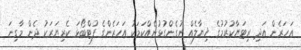
އަހަރެން އަދި ރިޓަޔާކުރުމުގެ ޚިޔާލެއް ނުގެންގުޅުނެއްކަމަކު އަހަރެންގެ ފުޓްބޯޅަ ކެރިޔަރަކު ދެން މާގިނަ